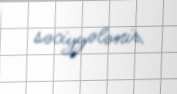
səciyyələnir.